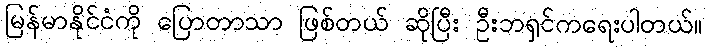
မြန်မာနိုင်ငံကို ပြောတာသာ ဖြစ်တယ် ဆိုပြီး ဦးဘရှင်ကရေးပါတယ်။